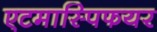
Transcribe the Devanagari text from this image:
एटमास्पिफयर